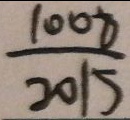
\frac { 1 0 0 8 } { 2 0 1 5 }